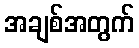
အချစ်အတွက်